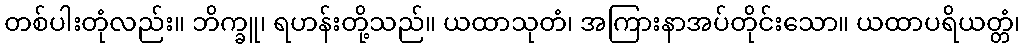
တစ်ပါးတုံလည်း။ ဘိက္ခူ၊ ရဟန်းတို့သည်။ ယထာသုတံ၊ အကြားနာအပ်တိုင်းသော။ ယထာပရိယတ္တံ၊